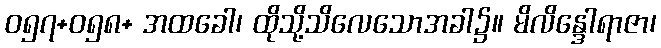
ဝ၅၇+ဝ၅၈+ အထခေါ၊ ထိုသို့သိလေသောအခါ၌။ မိလိန္ဒေါရာဇာ၊